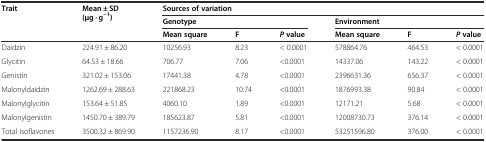
<table><thead><tr><td rowspan="3"><b>Trait</b></td><td rowspan="3"><b>Mean ± SD (μg · g<sup>−1</sup>)</b></td><td colspan="6"><b>Sources of variation</b></td></tr><tr><td colspan="3"><b>Genotype</b></td><td colspan="3"><b>Environment</b></td></tr><tr><td><b>Mean square</b></td><td><b>F</b></td><td><b><i>P</i>value</b></td><td><b>Mean square</b></td><td><b>F</b></td><td><b><i>P</i>value</b></td></tr></thead><tbody><tr><td>Daidzin</td><td>224.91 ± 86.20</td><td>10256.93</td><td>8.23</td><td>&lt; 0.0001</td><td>578864.76</td><td>464.53</td><td>&lt; 0.0001</td></tr><tr><td>Glycitin</td><td>64.53 ± 18.66</td><td>706.77</td><td>7.06</td><td>&lt;0.0001</td><td>14337.06</td><td>143.22</td><td>&lt; 0.0001</td></tr><tr><td>Genistin</td><td>321.02 ± 153.06</td><td>17441.38</td><td>4.78</td><td>&lt;0.0001</td><td>2396631.36</td><td>656.37</td><td>&lt; 0.0001</td></tr><tr><td>Malonyldaidzin</td><td>1262.69 ± 288.63</td><td>221868.23</td><td>10.74</td><td>&lt;0.0001</td><td>1876993.38</td><td>90.84</td><td>&lt; 0.0001</td></tr><tr><td>Malonylglycitin</td><td>153.64 ± 51.85</td><td>4060.10</td><td>1.89</td><td>&lt;0.0001</td><td>12171.21</td><td>5.68</td><td>&lt; 0.0001</td></tr><tr><td>Malonylgenistin</td><td>1450.70 ± 389.79</td><td>185623.87</td><td>5.81</td><td>&lt;0.0001</td><td>12008730.73</td><td>376.14</td><td>&lt; 0.0001</td></tr><tr><td>Total isoflavones</td><td>3500.32 ± 869.90</td><td>1157236.90</td><td>8.17</td><td>&lt;0.0001</td><td>53251596.80</td><td>376.00</td><td>&lt; 0.0001</td></tr></tbody></table>